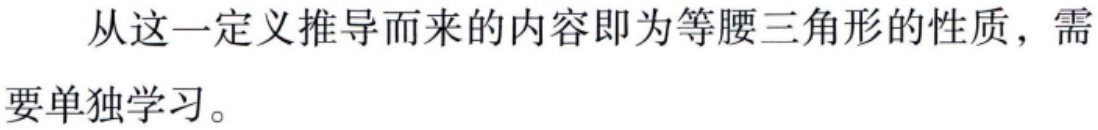
从这一定义推导而来的内容即为等腰三角形的性质，需要单独学习。